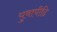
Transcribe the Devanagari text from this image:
युवापीढि